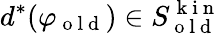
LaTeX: d^{*}(\varphi_{\mathrm{~o~l~d~}})\in S_{\mathrm{~o~l~d~}}^{\mathrm{~k~i~n~}}